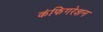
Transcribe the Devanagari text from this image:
कंफिगरेशन